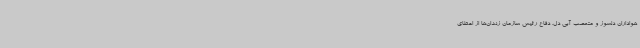
هواداران دلسوز و متعصب آبی دل. دفاع رئیس سازمان زندان‌ها از اعطای